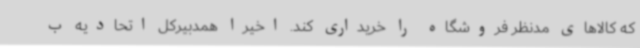
که کالاهای مدنظر فروشگاه را خریداری کند. اخیرا همدبیرکل اتحادیه ب